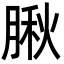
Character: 䐐